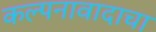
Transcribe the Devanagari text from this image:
कल्पनावादाचा